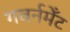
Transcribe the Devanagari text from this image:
गवर्नमेँट